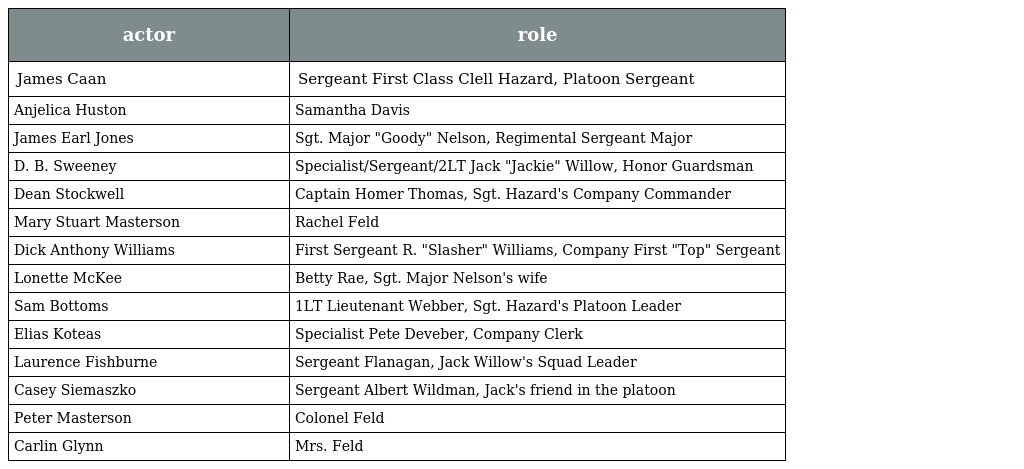
| actor | role |
 | --- | --- |
 | James Caan | Sergeant First Class Clell Hazard, Platoon Sergeant |
 | Anjelica Huston | Samantha Davis |
 | James Earl Jones | Sgt. Major "Goody" Nelson, Regimental Sergeant Major |
 | D. B. Sweeney | Specialist/Sergeant/2LT Jack "Jackie" Willow, Honor Guardsman |
 | Dean Stockwell | Captain Homer Thomas, Sgt. Hazard's Company Commander |
 | Mary Stuart Masterson | Rachel Feld |
 | Dick Anthony Williams | First Sergeant R. "Slasher" Williams, Company First "Top" Sergeant |
 | Lonette McKee | Betty Rae, Sgt. Major Nelson's wife |
 | Sam Bottoms | 1LT Lieutenant Webber, Sgt. Hazard's Platoon Leader |
 | Elias Koteas | Specialist Pete Deveber, Company Clerk |
 | Laurence Fishburne | Sergeant Flanagan, Jack Willow's Squad Leader |
 | Casey Siemaszko | Sergeant Albert Wildman, Jack's friend in the platoon |
 | Peter Masterson | Colonel Feld |
 | Carlin Glynn | Mrs. Feld |